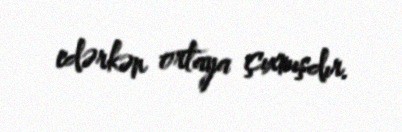
edərkən ortaya çıxmışdır.